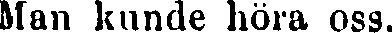
Man kunde höra oss.